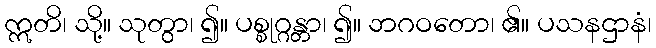
ဣတိ၊ သို့။ သုတွာ၊ ၍။ ပစ္စုဂ္ဂန္တာ၊ ၍။ ဘဂဝတော၊ ၏။ ပသနဌာနံ၊